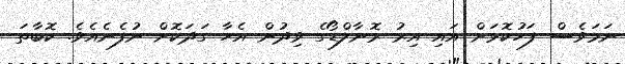
ނަމަވެސް ފަހުކޮޅަށް އައި އިރު ރޮނާލްޑޯގެ ވިދުން އެހާ ގަދަކޮށް ނުފެނެއެވެ. ކޮބާތަ